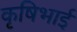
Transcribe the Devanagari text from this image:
कृषिभाई